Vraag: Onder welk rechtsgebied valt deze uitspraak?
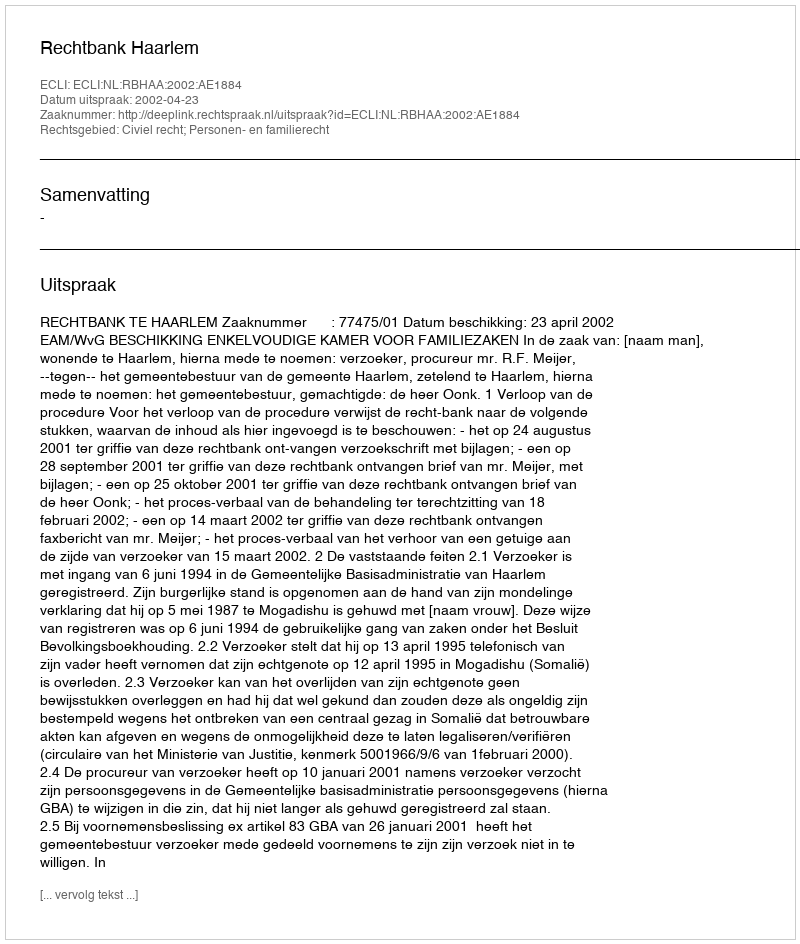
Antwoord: Civiel recht; Personen- en familierecht